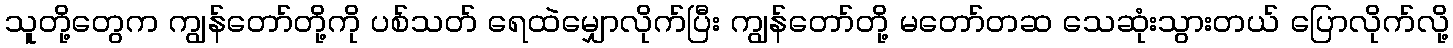
သူတို့တွေက ကျွန်တော်တို့ကို ပစ်သတ် ရေထဲမျှောလိုက်ပြီး ကျွန်တော်တို့ မတော်တဆ သေဆုံးသွားတယ် ပြောလိုက်လို့